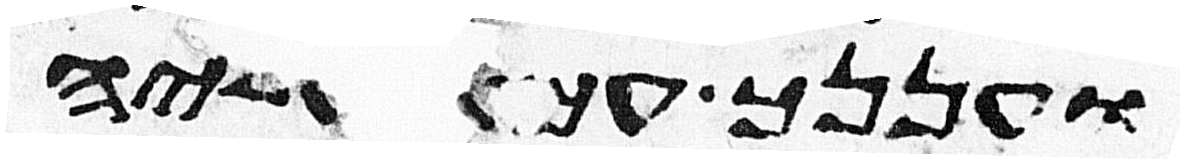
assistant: ועננך עמד עליהם